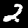
Digit: 2